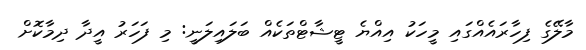
މާލޭގެ ފިހާރައެއްގައި މީހަކު އިއްޔެ ޓީޝާޓްތަކެއް ބަލައިލަނީ: މި ފަހަރު އީދާ ދިމާކޮށް